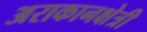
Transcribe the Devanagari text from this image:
अराकानक्षेत्री